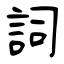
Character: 詞